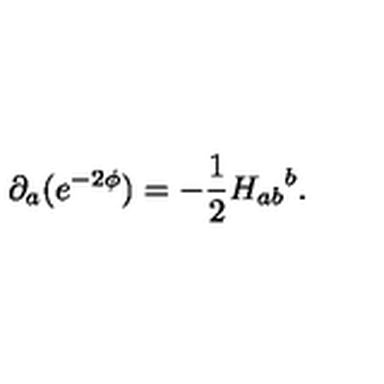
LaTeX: \partial _ { a } ( e ^ { - 2 \phi } ) = - \frac { 1 } { 2 } { H _ { a b } } ^ { b } .